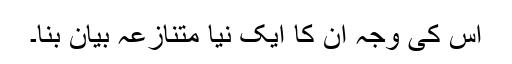
اس کی وجہ ان کا ایک نیا متنازعہ بیان بنا۔